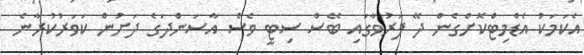
އެކަމަކު އެޑްމިޓްކޮށްގެން ދޭ ފަރުވާގައި ބޭސް ސިޓީ ވެސް އާސަންދަގެ ދަށުން ކަވަރުކުރާނެ